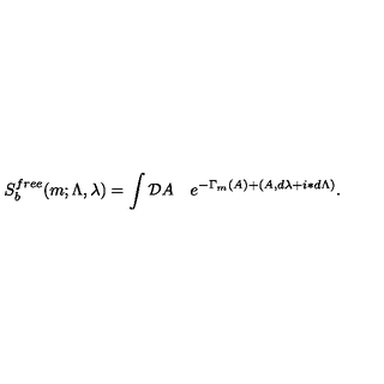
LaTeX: S _ { b } ^ { f r e e } ( m ; \Lambda , \lambda ) = \int { \cal D } A \quad e ^ { - \Gamma _ { m } ( A ) + ( A , d \lambda + i \ast d \Lambda ) } .